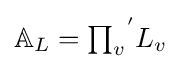
\textstyle \mathbb {A} _{L}={\prod _{v}}^{'}L_{v}